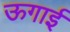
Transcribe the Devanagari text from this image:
ऊगाई